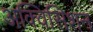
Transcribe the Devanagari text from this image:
अक्विसिशन